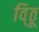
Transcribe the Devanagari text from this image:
वि्ठू